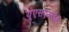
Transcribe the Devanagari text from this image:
यूएसएआईडी